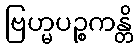
ဗြဟ္မပဉ္စကန္တိ